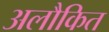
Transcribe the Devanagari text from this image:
अलौकित